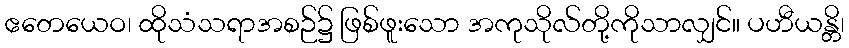
ဧတေယေဝ၊ ထိုသံသရာအစဉ်၌ ဖြစ်ဖူးသော အကုသိုလ်တို့ကိုသာလျှင်။ ပဟီယန္တိ၊